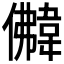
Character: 𩎵